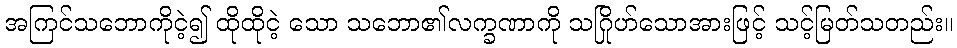
အကြင်သဘောကိုငဲ့၍ ထိုထိုငဲ့ သော သဘော၏လက္ခဏာကို သဂြိုဟ်သောအားဖြင့် သင့်မြတ်သတည်း။